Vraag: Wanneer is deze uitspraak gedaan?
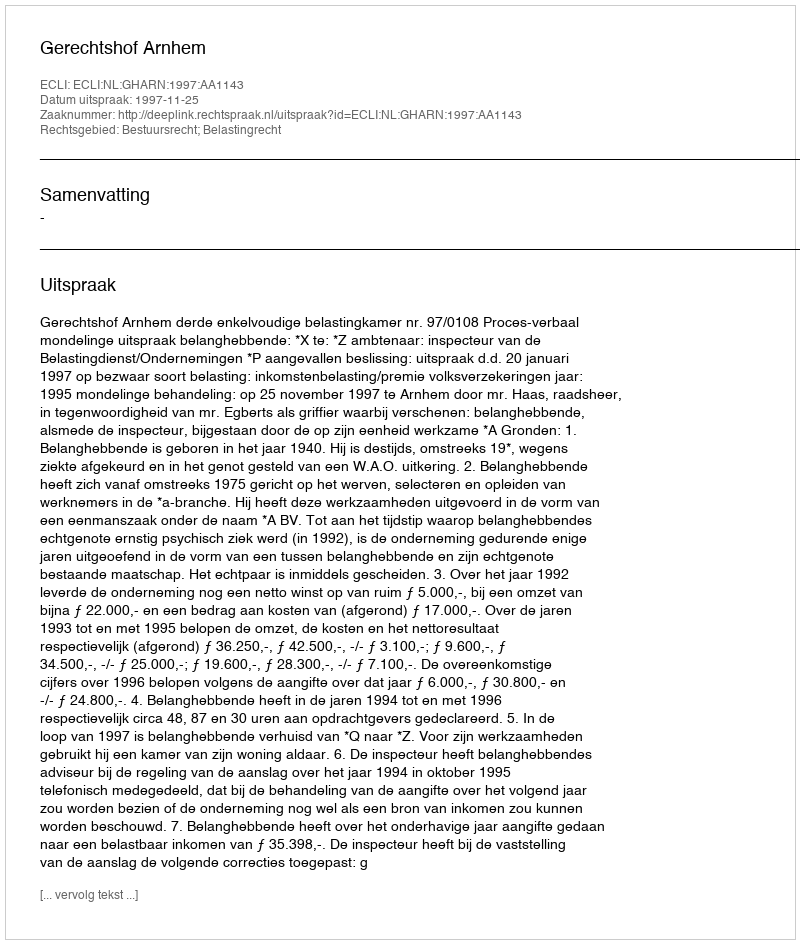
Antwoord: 1997-11-25